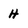
Character: h